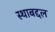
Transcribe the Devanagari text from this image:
स्थाबद्दल